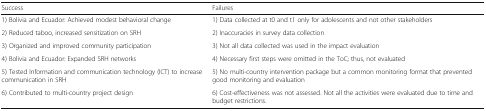
| Success | Failures |
 | --- | --- |
 | 1) Bolivia and Ecuador: Achieved modest behavioral change | 1) Data collected at t0 and t1 only for adolescents and not other stakeholders |
 | 2) Reduced taboo, increased sensitization on SRH | 2) Inaccuracies in survey data collection |
 | 3) Organized and improved community participation | 3) Not all data collected was used in the impact evaluation |
 | 4) Bolivia and Ecuador: Expanded SRH networks | 4) Necessary first steps were omitted in the ToC; thus, not evaluated |
 | 5) Tested Information and communication technology (ICT) to increase communication in SRH | 5) No multi-country intervention package but a common monitoring format that prevented good monitoring and evaluation |
 | 6) Contributed to multi-country project design | 6) Cost-effectiveness was not assessed. Not all the activities were evaluated due to time and budget restrictions. |